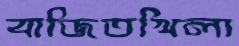
বাজিতখিলা